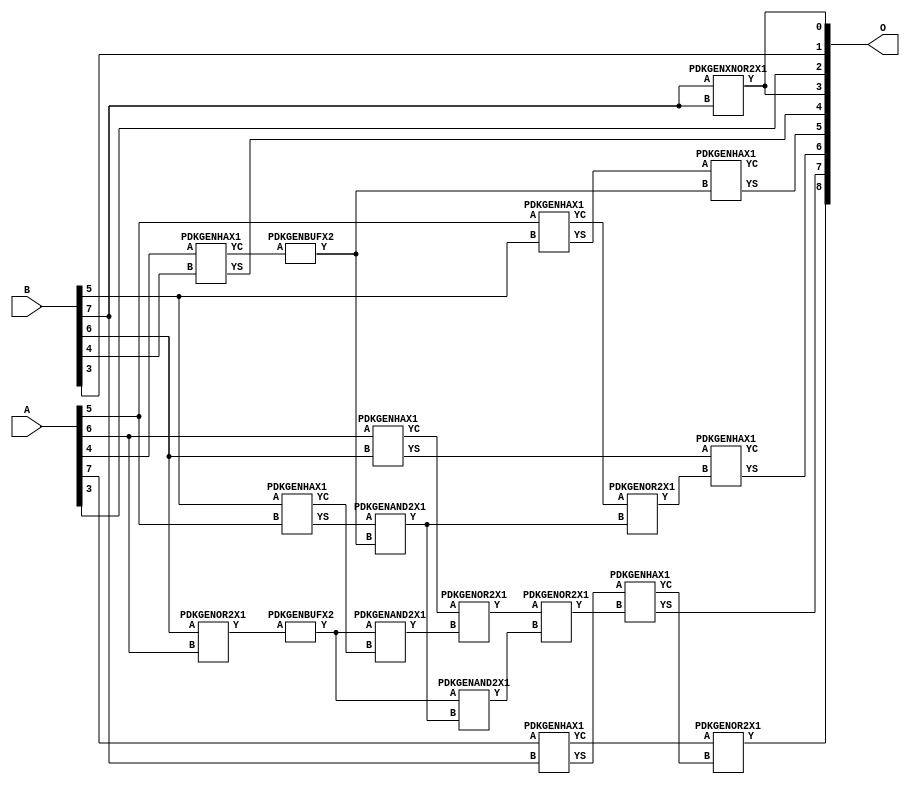
// This program was cloned from: https://github.com/ehw-fit/evoapproxlib
// License: MIT License

/***
* This code is a part of EvoApproxLib library (ehw.fit.vutbr.cz/approxlib) distributed under The MIT License.
* When used, please cite the following article(s): V. Mrazek, R. Hrbacek, Z. Vasicek and L. Sekanina, "EvoApprox8b: Library of approximate adders and multipliers for circuit design and benchmarking of approximation methods". Design, Automation & Test in Europe Conference & Exhibition (DATE), 2017, Lausanne, 2017, pp. 258-261. doi: 10.23919/DATE.2017.7926993 
* This file contains a circuit from a sub-set of pareto optimal circuits with respect to the pwr and mse parameters
***/
// MAE% = 0.90 %
// MAE = 4.6 
// WCE% = 2.93 %
// WCE = 15 
// WCRE% = 800.00 %
// EP% = 93.75 %
// MRE% = 2.47 %
// MSE = 32 
// PDK45_PWR = 0.014 mW
// PDK45_AREA = 34.7 um2
// PDK45_DELAY = 0.31 ns


module add8u_5NH(A, B, O);
  input [7:0] A;
  input [7:0] B;
  output [8:0] O;
  wire [2031:0] N;
  assign N[0] = A[0];
  assign N[1] = A[0];
  assign N[2] = A[1];
  assign N[3] = A[1];
  assign N[4] = A[2];
  assign N[5] = A[2];
  assign N[6] = A[3];
  assign N[7] = A[3];
  assign N[8] = A[4];
  assign N[9] = A[4];
  assign N[10] = A[5];
  assign N[11] = A[5];
  assign N[12] = A[6];
  assign N[13] = A[6];
  assign N[14] = A[7];
  assign N[15] = A[7];
  assign N[16] = B[0];
  assign N[17] = B[0];
  assign N[18] = B[1];
  assign N[19] = B[1];
  assign N[20] = B[2];
  assign N[21] = B[2];
  assign N[22] = B[3];
  assign N[23] = B[3];
  assign N[24] = B[4];
  assign N[25] = B[4];
  assign N[26] = B[5];
  assign N[27] = B[5];
  assign N[28] = B[6];
  assign N[29] = B[6];
  assign N[30] = B[7];
  assign N[31] = B[7];
  PDKGENXNOR2X1 n36(.A(N[30]), .B(N[30]), .Y(N[36]));
  assign N[37] = N[36];
  PDKGENOR2X1 n44(.A(N[28]), .B(N[12]), .Y(N[44]));
  assign N[45] = N[44];
  PDKGENBUFX2 n64(.A(N[45]), .Y(N[64]));
  assign N[65] = N[64];
  PDKGENHAX1 n68(.A(N[8]), .B(N[24]), .YS(N[68]), .YC(N[69]));
  PDKGENBUFX2 n70(.A(N[69]), .Y(N[70]));
  assign N[71] = N[70];
  PDKGENHAX1 n78(.A(N[10]), .B(N[26]), .YS(N[78]), .YC(N[79]));
  PDKGENHAX1 n86(.A(N[12]), .B(N[28]), .YS(N[86]), .YC(N[87]));
  PDKGENHAX1 n96(.A(N[14]), .B(N[30]), .YS(N[96]), .YC(N[97]));
  PDKGENHAX1 n134(.A(N[26]), .B(N[10]), .YS(N[134]), .YC(N[135]));
  PDKGENAND2X1 n162(.A(N[65]), .B(N[135]), .Y(N[162]));
  PDKGENOR2X1 n180(.A(N[87]), .B(N[162]), .Y(N[180]));
  assign N[181] = N[180];
  PDKGENAND2X1 n226(.A(N[134]), .B(N[70]), .Y(N[226]));
  assign N[227] = N[226];
  PDKGENOR2X1 n244(.A(N[79]), .B(N[227]), .Y(N[244]));
  assign N[245] = N[244];
  PDKGENAND2X1 n254(.A(N[64]), .B(N[226]), .Y(N[254]));
  assign N[255] = N[254];
  PDKGENOR2X1 n272(.A(N[181]), .B(N[255]), .Y(N[272]));
  PDKGENHAX1 n394(.A(N[78]), .B(N[71]), .YS(N[394]), .YC(N[395]));
  PDKGENHAX1 n404(.A(N[86]), .B(N[245]), .YS(N[404]), .YC(N[405]));
  PDKGENHAX1 n412(.A(N[96]), .B(N[272]), .YS(N[412]), .YC(N[413]));
  PDKGENOR2X1 n422(.A(N[97]), .B(N[413]), .Y(N[422]));
  assign O[0] = N[37];
  assign O[1] = N[22];
  assign O[2] = N[6];
  assign O[3] = N[37];
  assign O[4] = N[68];
  assign O[5] = N[394];
  assign O[6] = N[404];
  assign O[7] = N[412];
  assign O[8] = N[422];
endmodule


/* mod */
module PDKGENAND2X1(input A, input B, output Y );
     assign Y = A & B;
endmodule
/* mod */
module PDKGENOR2X1(input A, input B, output Y );
     assign Y = A | B;
endmodule
/* mod */
module PDKGENHAX1( input A, input B, output YS, output YC );
    assign YS = A ^ B;
    assign YC = A & B;
endmodule
/* mod */
module PDKGENBUFX2(input A, output Y );
     assign Y = A;
endmodule
/* mod */
module PDKGENXNOR2X1(input A, input B, output Y );
     assign Y = ~(A ^ B);
endmodule